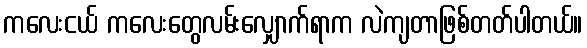
ကလေးငယ် ကလေးတွေလမ်းလျှောက်ရာက လဲကျတာဖြစ်တတ်ပါတယ်။